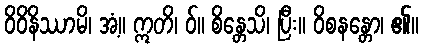
ဝိဝိနိဿာမိ၊ အံ့။ ဣတိ၊ ဝ်။ စိန္တေသိ၊ ပြီး။ ဝိစနန္တော၊ ၏။